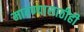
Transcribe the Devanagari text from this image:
मारण्यासाठीही